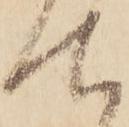
て